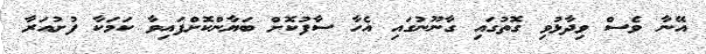
އޭނާ ވެސް ވިދާޅުވި ގޮތުގައި ގާނޫނުގައި އެހާ ސާފުކޮށް ބަޔާންކޮށްފައިވާ ކަމަކާ ފުށުއަރާ